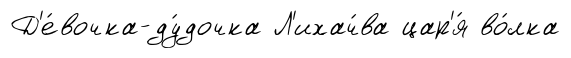
Д'е́вочка-ду́дочка Л'ихач́ва цар'я́ во́лка